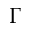
\Gamma